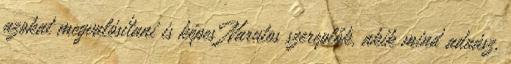
azokat megvalósítani is képes Narutos szereplők, akik mind aduász,